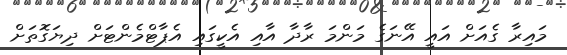
މައިރާ ގެއަށް އައީ އޭނަގެ މަންމަ ރާދާ އާއި އެކީގައި އެޕާޓްމެންޓަށް ދިޔަގޮތަށް